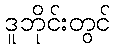
ဒူဘိုင်းတွင်